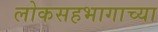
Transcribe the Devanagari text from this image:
लोकसहभागाच्या